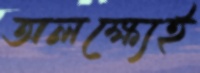
অলক্ষ্যেই